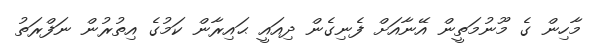
މާހިން ގެ މޫނުމަތީން އޭނާއަށް ފެނިގެން ދިއައީ ޙައިރާން ކަމުގެ އިތުރުން ނަފްރަތު